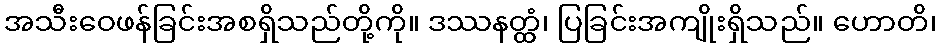
အသီးဝေဖန်ခြင်းအစရှိသည်တို့ကို။ ဒဿနတ္ထံ၊ ပြခြင်းအကျိုးရှိသည်။ ဟောတိ၊